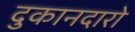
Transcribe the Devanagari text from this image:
दुकानदारो